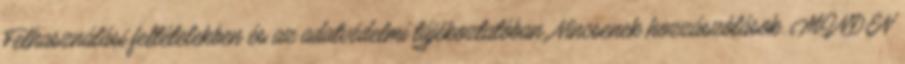
Felhasználási feltételekben és az adatvédelmi tájékoztatóban. Nincsenek hozzászólások. MINDEN